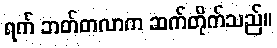
ရက် ဘတ်တလာက ဆက်တိုက်သည်။